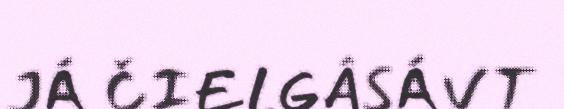
JÁ ČIELGÂSÁVT